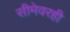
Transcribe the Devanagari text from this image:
सीमेवरही